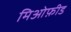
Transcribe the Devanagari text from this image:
मिओफ़ीड